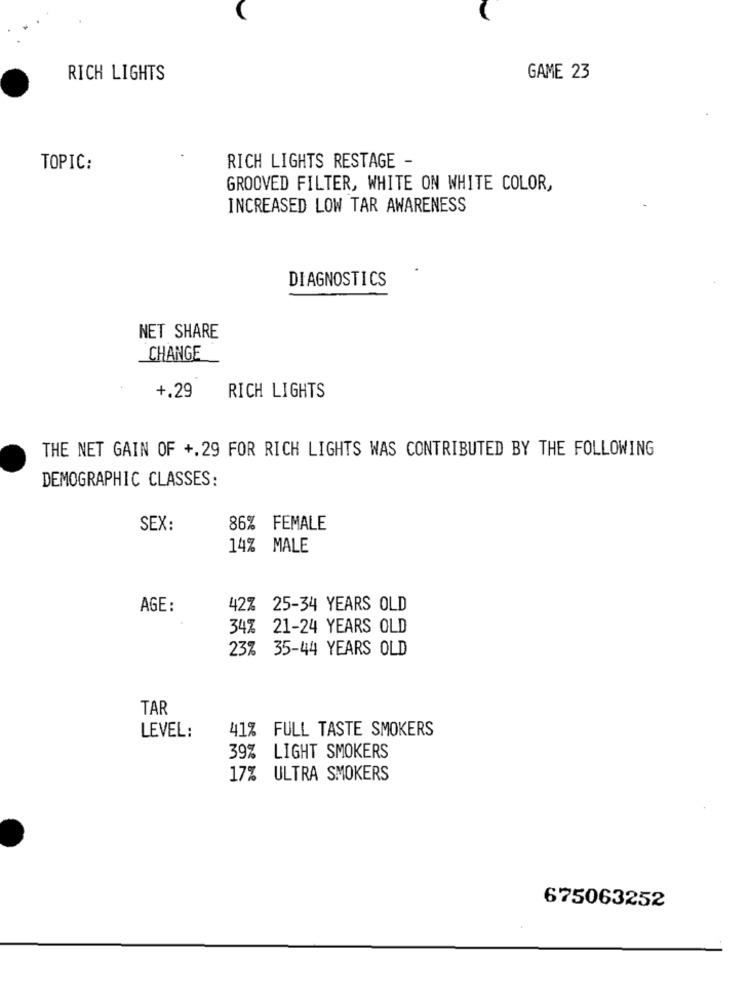
RICH LIGHTS
GAME 23
TOPIC:
RICH LIGHTS RESTAGE -
GROOVED FILTER, WHITE ON WHITE COLOR,
INCREASED LOW TAR AWARENESS
DIAGNOSTICS
NET SHARE
CHANGE
+.29
RICH LIGHTS
THE NET GAIN OF +.29 FOR RICH LIGHTS WAS CONTRIBUTED BY THE FOLLOWING
DEMOGRAPHIC CLASSES:
SEX:
86% FEMALE
14% MALE
AGE:
42% 25-34 YEARS OLD
34% 21-24 YEARS OLD
23% 35-44 YEARS OLD
TAR
41% FULL TASTE SMOKERS
LEVEL:
39%
LIGHT SMOKERS
17% ULTRA SMOKERS
675063252